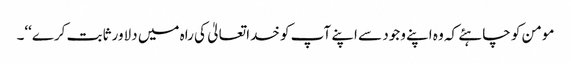
مومن کو چاہئے کہ وہ اپنے وجود سے اپنے آپ کو خدا تعالیٰ کی راہ میں دلاور ثابت کرے‘‘۔